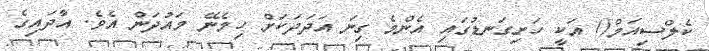
ކެލްސިއަމް() އަކީ ހަށިގަނޑުގައި އެންމެ ގިނަ އަދަދަކަށް ހިމެނޭ މައުދަން އެވެ. އާދައިގެ